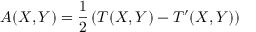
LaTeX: A ( X , Y ) = { \frac { 1 } { 2 } } \left( T ( X , Y ) - T ^ { \prime } ( X , Y ) \right)